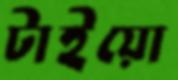
টাইয়ো